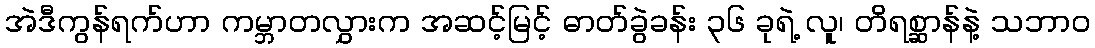
အဲဒီကွန်ရက်ဟာ ကမ္ဘာတလွှားက အဆင့်မြင့် ဓာတ်ခွဲခန်း ၃၆ ခုရဲ့ လူ၊ တိရစ္ဆာန်နဲ့ သဘာဝ